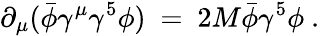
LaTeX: \partial_{\mu}(\bar{\phi}\gamma^{\mu}\gamma^{5}\phi)~=~2M\bar{\phi}\gamma^{5}\phi~.